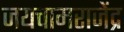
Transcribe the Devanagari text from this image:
जयचामराजेंद्र